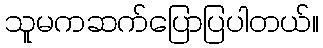
သူမကဆက်ပြောပြပါတယ်။